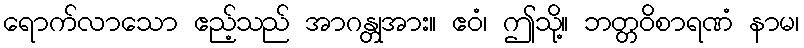
ရောက်လာသော ဧည့်သည် အာဂန္တုအား။ ဧဝံ၊ ဤသို့။ ဘတ္တဝိစာရဏံ နာမ၊